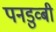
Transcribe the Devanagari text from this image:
पनडुव्बी